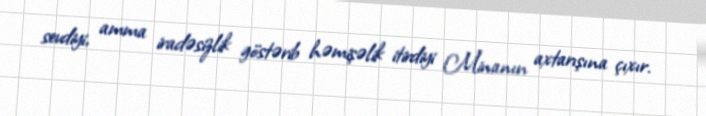
sevdiyi, amma iradəsizlik göstərib həmişəlik itirdiyi Minanın axtarışına çıxır.